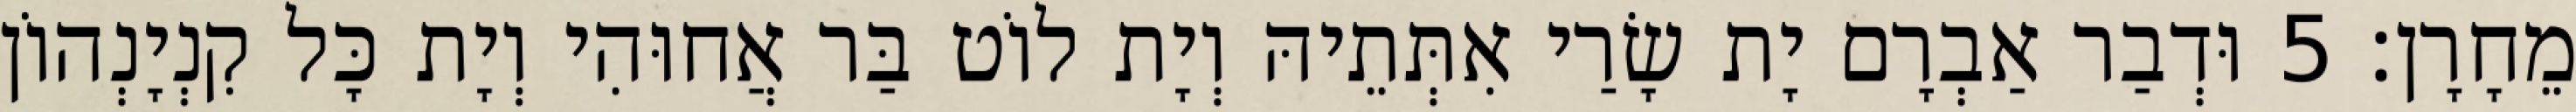
מֵחָרָן׃ 5 וּדְבַר אַבְרָם יָת שָׂרַי אִתְּתֵיהּ וְיָת לוֹט בַּר אֲחוּהִי וְיָת כָּל קִנְיָנְהוֹן